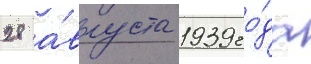
28 а́вгуста 1939 го́да